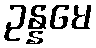
ဥန္နမေ